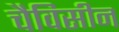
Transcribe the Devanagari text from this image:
चैविसीन